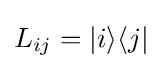
L_{ij}=|i\rangle \langle j|